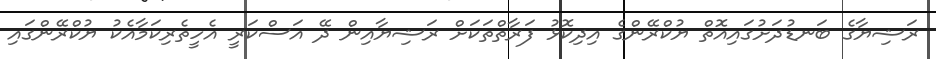
ރަޝިޔާގެ ބަނޑުދަށުގައިއޮތް ޔުކްރޭންގެ އިދިކޮޅު ފަރާތްތަކަށް ރަޝިޔާއިން ދޭ އަސްކަރީ އެހީތެރިކަމާއެކު ޔުކްރޭންގައި